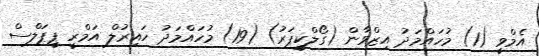
އެމްވީ (1) މުހައްމަދު އިޒްވާން (ގޯލްކީޕަރު) (19) މުހައްމަދު ހައިރުލް އަމްރީ ޕީޕަލްސް